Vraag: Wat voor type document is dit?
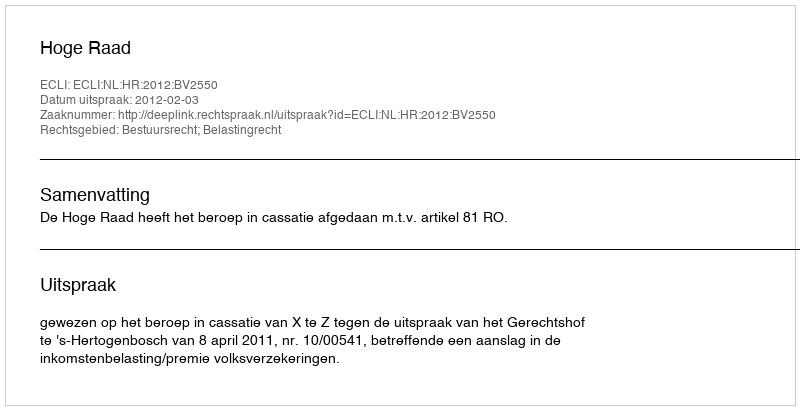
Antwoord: Uitspraak